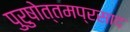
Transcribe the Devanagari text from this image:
पुरुषोत्तमप्रसाद